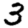
Digit: 3